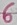
Text: 6